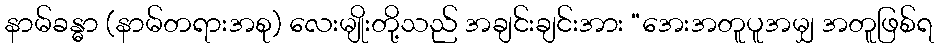
နာမ်ခန္ဓာ (နာမ်တရားအစု) လေးမျိုးတို့သည် အချင်းချင်းအား “အေးအတူပူအမျှ အတူဖြစ်ရ